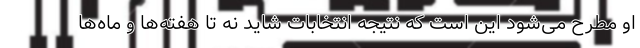
او مطرح می‌شود این است که نتیجه انتخابات شاید نه تا هفته‌ها و ماه‌ها